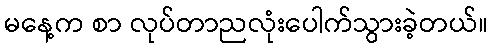
မနေ့က စာ လုပ်တာညလုံးပေါက်သွားခဲ့တယ်။